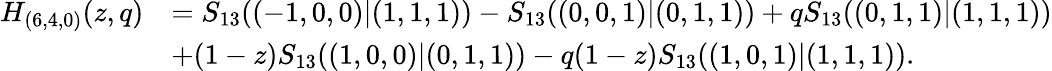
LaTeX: \begin{array}{rl}{H_{(6,4,0)}(z,q)}&{=S_{13}((-1,0,0)|(1,1,1))-S_{13}((0,0,1)|(0,1,1))+qS_{13}((0,1,1)|(1,1,1))}\\ &{+(1-z)S_{13}((1,0,0)|(0,1,1))-q(1-z)S_{13}((1,0,1)|(1,1,1)).}\end{array}